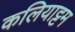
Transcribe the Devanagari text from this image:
कलियाट्टम